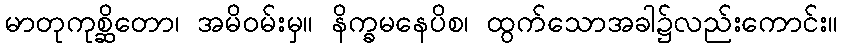
မာတုကုစ္ဆိတော၊ အမိဝမ်းမှ။ နိက္ခမနေပိစ၊ ထွက်သောအခါ၌လည်းကောင်း။